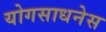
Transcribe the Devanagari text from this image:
योगसाधनेस